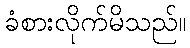
ခံစားလိုက်မိသည်။